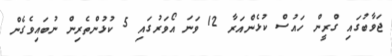
ޖަވާބުގައި ގްރީން ހައުސް ކުޅެންއަރާ 12 ވަނަ އޯވަރުގައި 5 ކުޅުންތެރިން ނުބައިވެގެން